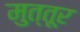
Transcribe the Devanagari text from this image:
मुत्तूर